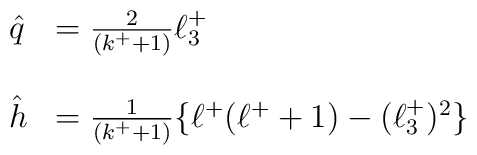
\begin{array}{ll}\hat{q} & = \frac{2}{(k^{+}+1)}\ell^{+}_{3} \\  &  \\\hat{h} & = \frac{1}{(k^{+}+1)} \{\ell^{+}(\ell^{+}+1) - (\ell^{+}_{3})^{2}\}\end{array}